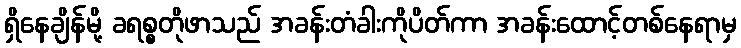
ရှိနေချိန်မို့ ခရစ္စတိုဖာသည် အခန်းတံခါးကိုပိတ်ကာ အခန်းထောင့်တစ်နေရာမှ